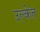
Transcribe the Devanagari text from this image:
उल्केत